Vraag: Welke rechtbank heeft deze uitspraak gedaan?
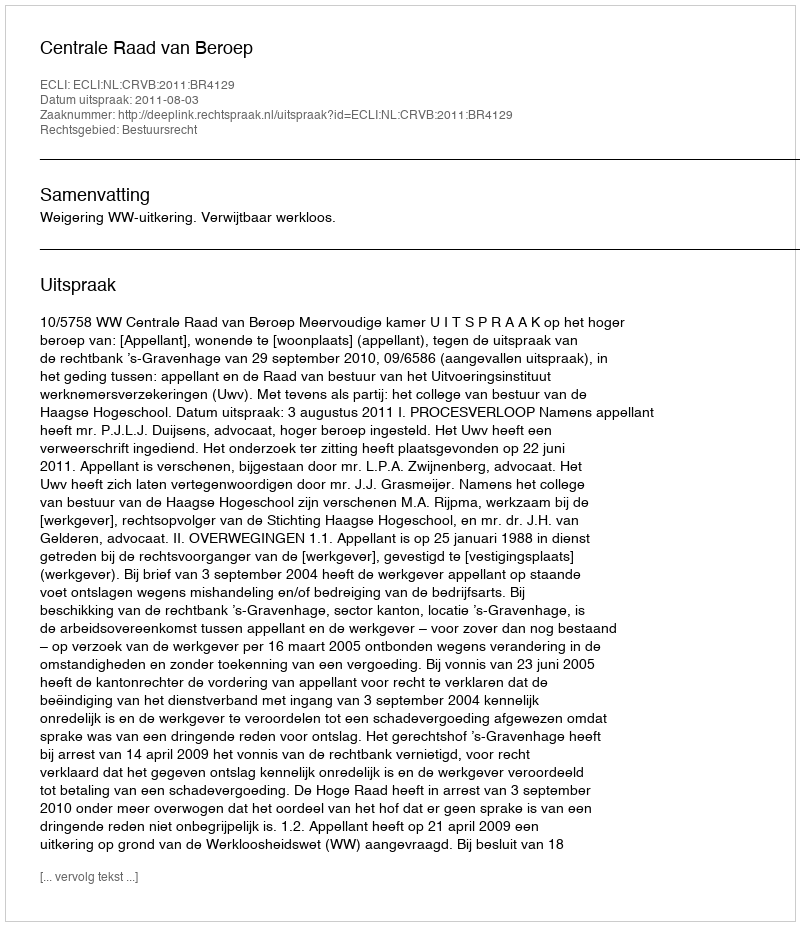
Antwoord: Centrale Raad van Beroep